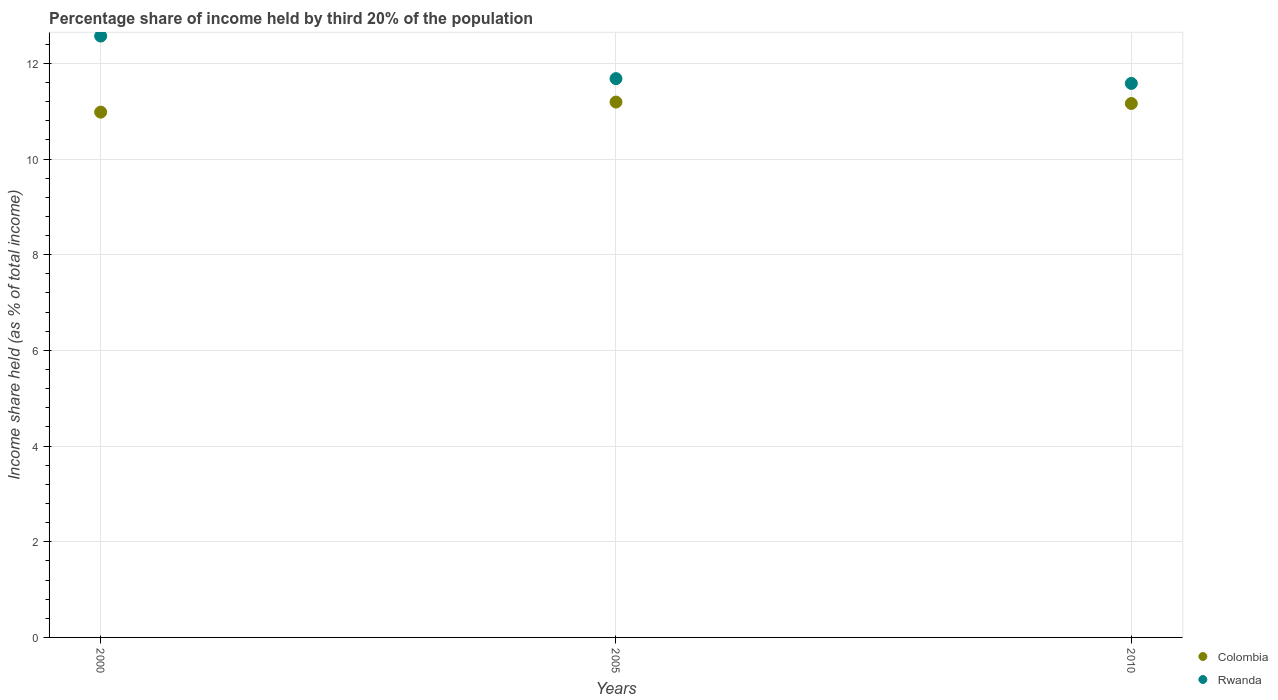
| Years | Colombia | Rwanda |
 | --- | --- | --- |
 | 2000 | 11 | 12.6 |
 | 2005 | 11.2 | 11.7 |
 | 2010 | 11.2 | 11.6 |